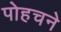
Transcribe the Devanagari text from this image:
पोहचने